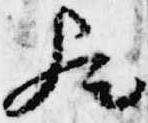
歟